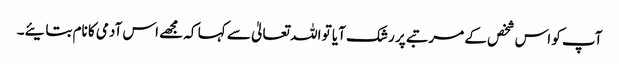
آپ کو اس شخص کے مرتبے پر رشک آیا تو اللہ تعالیٰ سے کہا کہ مجھے اس آدمی کا نام بتایئے۔